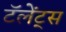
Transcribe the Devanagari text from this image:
टॅलेंट्स